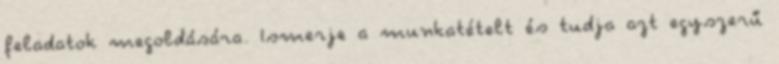
feladatok megoldására. Ismerje a munkatételt és tudja azt egyszerű